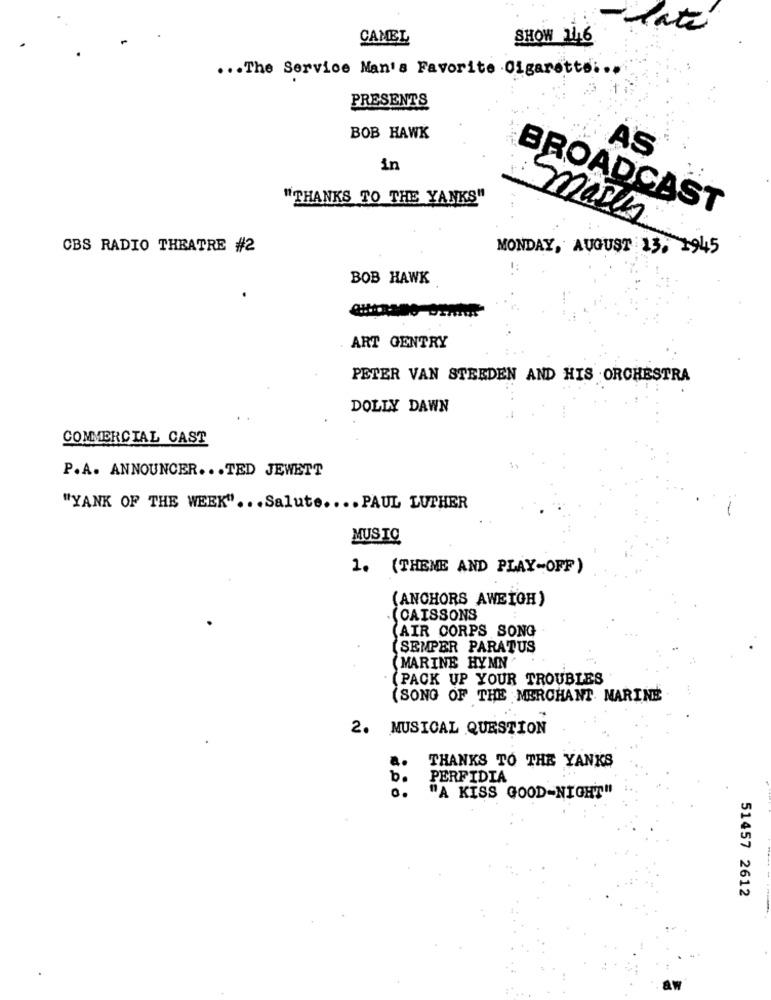
-date
CAMEL
SHOW 2416
... The Service Nan's Favorite Cigarette ...
PRESENTS
BOB HAWK
AS
in
"THANKS TO THE YANKS"
BROADCAST
masus
CBS RADIO THEATRE #2
MONDAY, AUGUST 13. 1945
BOB HAWK
ART GENTRY
PETER VAN STEEDEN AND HIS ORCHESTRA
DOLLY DAWN
COMMERCIAL CAST
P.A. ANNOUNCER ... TED JEWETT
"YANK OF THE WEEK" ... Salute .... PAUL LUTHER
MUSIC
1. (THEME AND PLAY-OFF)
(ANCHORS AWEIGH)
. (CAISSONS
(AIR CORPS SONG
(SEMPER PARATUS
(MARINE HYMN
(PACK UP YOUR TROUBLES
(SONG OF THE MERCHANT MARINE
2. MUSICAL QUESTION
a.
THANKS TO THE YANKS
b.
PERFIDIA
0 .
"A KISS GOOD-NIGHT"
51457 2612